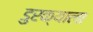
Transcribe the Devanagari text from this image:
डुरक्याला